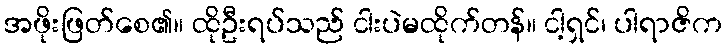
အဖိုးဖြတ်စေ၏။ ထိုဦးရပ်သည် ငါးပဲမထိုက်တန်။ ငါ့ရှင်၊ ပါရာဇိက